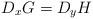
LaTeX: \begin{align*}D_x G= D_y H\end{align*}